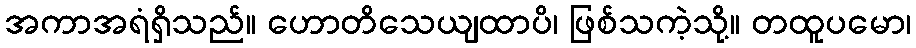
အကာအရံရှိသည်။ ဟောတိသေယျထာပိ၊ ဖြစ်သကဲ့သို့။ တထူပမော၊